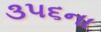
૩૫૬ના